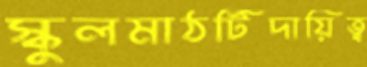
স্কুলমাঠটিদায়িত্ব